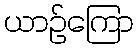
ယာဉ်ကြော